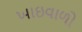
ખાઇવાળો